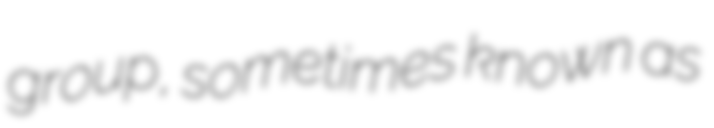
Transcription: group, sometimes known as